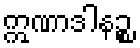
ဣဏာဒါနဉ္စ